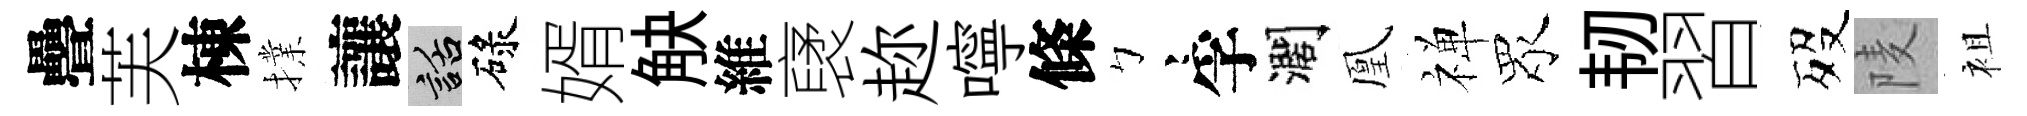
疊芙棟擈讓話碌婿觖維裦趂嚀條彎孚濶凰禅眾韧習歿𨹧袓